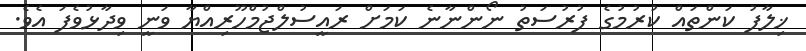
ޚިލާފު ކަންތައް ކުރުމުގެ ފުރުސަތު ނޯންނާނެ ކަމަށް ރައީސުލްޖުމްހޫރިއްޔާ ވަނީ ވިދާޅުވެފަ އެވެ.